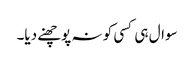
سوال ہی کسی کو نہ پوچھنے دیا۔